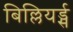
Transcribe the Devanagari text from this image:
बिल्लियर्ड्स